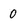
Character: 0